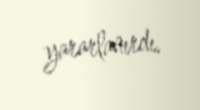
yararlanırdı.